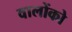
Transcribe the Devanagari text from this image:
वालोंको